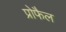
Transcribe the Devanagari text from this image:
प्रोफैल